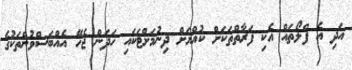
އަދި އެ ފްލޯތައް އެކި ފަރާތްތަކަށް ކުއްޔަށް ދިނުމަށްޓަކައި ހަދަން ޖެހޭ އެއްބަސްވުންތަކުގެ